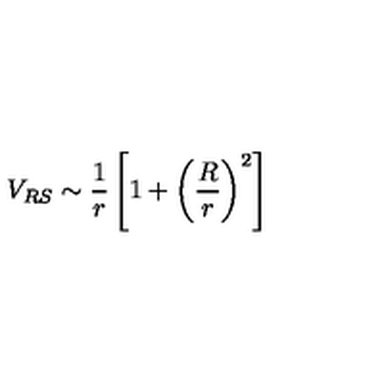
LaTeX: V _ { R S } \sim \frac { 1 } { r } \left[ 1 + \left( \frac { R } { r } \right) ^ { 2 } \right]